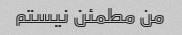
من مطمئن نیستم